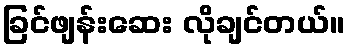
ခြင်ဖျန်းဆေး လိုချင်တယ်။